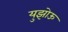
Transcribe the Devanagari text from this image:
युझोऊ